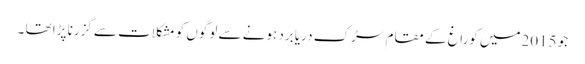
جو 2015میں کوراغ کے مقام سڑک دریا برد ہونے سے لوگوں کو مشکلات سے گزرنا پڑا تھا ۔